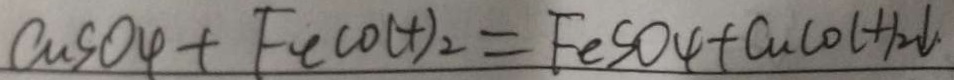
C u S O _ { 4 } + F e ( O H ) _ { 2 } = F e S O _ { 4 } + C u ( O H ) _ { 2 } \downarrow